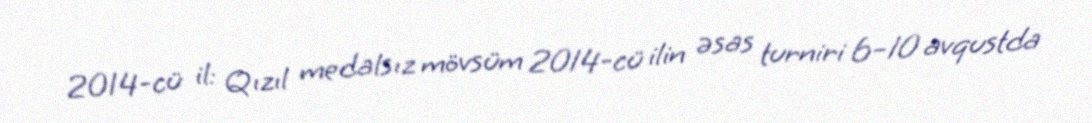
2014-cü il: Qızıl medalsız mövsüm 2014-cü ilin əsas turniri 6–10 avqustda